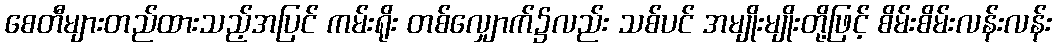
စေတီများတည်ထားသည့်အပြင် ကမ်းရိုး တစ်လျှောက်၌လည်း သစ်ပင် အမျိုးမျိုးတို့ဖြင့် စိမ်းစိမ်းလန်းလန်း